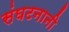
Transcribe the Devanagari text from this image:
संघटनानी